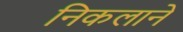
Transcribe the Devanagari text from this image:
निकलाने